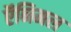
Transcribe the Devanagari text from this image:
ऍनिमल